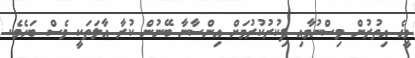
މީގެ އިތުރުން ވިސްނުމާއި ފިކުރުކުރުމަށް އިންސާނާ ބޭނުން ކުރާ އާލަތަކީ ވެސް ބަހެވެ.